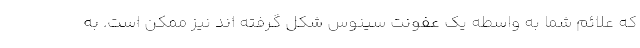
که علائم شما به واسطه یک عفونت سینوس شکل گرفته اند نیز ممکن است. به